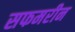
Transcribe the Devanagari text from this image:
सफमरीन